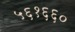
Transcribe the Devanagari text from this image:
५६१६६०